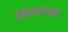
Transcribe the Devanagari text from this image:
जिवलगाची